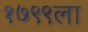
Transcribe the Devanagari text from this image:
१७९९ला